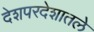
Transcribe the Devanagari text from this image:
देशपरदेशातले